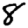
Digit: 8